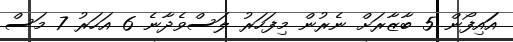
އަައިފޯން 5 ބާޒާރަށް ނެރުން މިފަހަރު ލަސްވެދާނެ 6 އަހަރު 7 މަސް